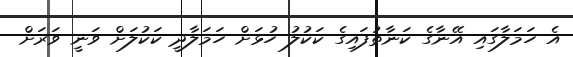
އެ ހަމަލާގައި އޭނާގެ ކަނާތުފައިގެ ކަކުލު ހުޅަށް ހަމަލާދީ ކަކުލަށް ވަނީ ވަރަށް